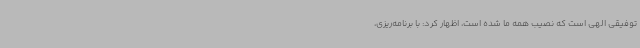
توفیقی الهی است که نصیب همه ما شده است، اظهار کرد: با برنامه‌ریزی،